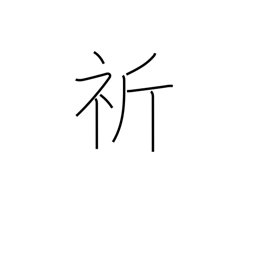
Meaning: wish